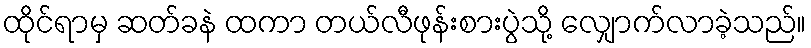
ထိုင်ရာမှ ဆတ်ခနဲ ထကာ တယ်လီဖုန်းစားပွဲသို့ လျှောက်လာခဲ့သည်။